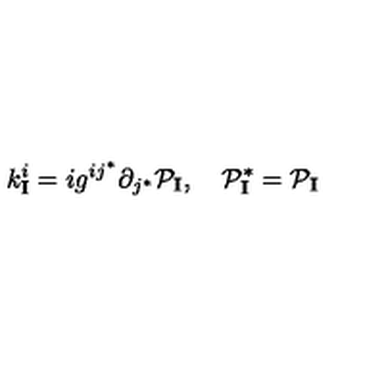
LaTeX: k _ { \mathbf { I } } ^ { i } = i g ^ { i j ^ { * } } \partial _ { j ^ { * } } { \cal P } _ { \mathbf { I } } , \quad { \cal P } _ { \mathbf { I } } ^ { * } = { \cal P } _ { \mathbf { I } }